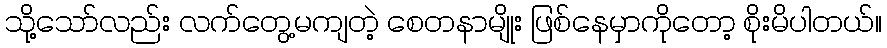
သို့သော်လည်း လက်တွေ့မကျတဲ့ စေတနာမျိုး ဖြစ်နေမှာကိုတော့ စိုးမိပါတယ်။